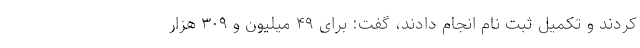
کردند و تکمیل ثبت نام انجام دادند، گفت: برای ۴۹ میلیون و ۳۰۹ هزار